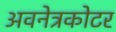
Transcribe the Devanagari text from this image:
अवनेत्रकोटर